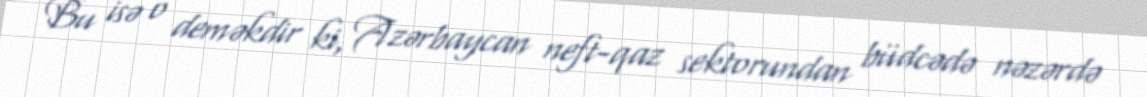
Bu isə o deməkdir ki, Azərbaycan neft-qaz sektorundan büdcədə nəzərdə